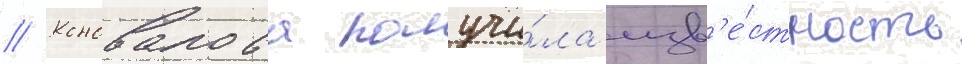
// Коновалова получи́ла изв'е́стность